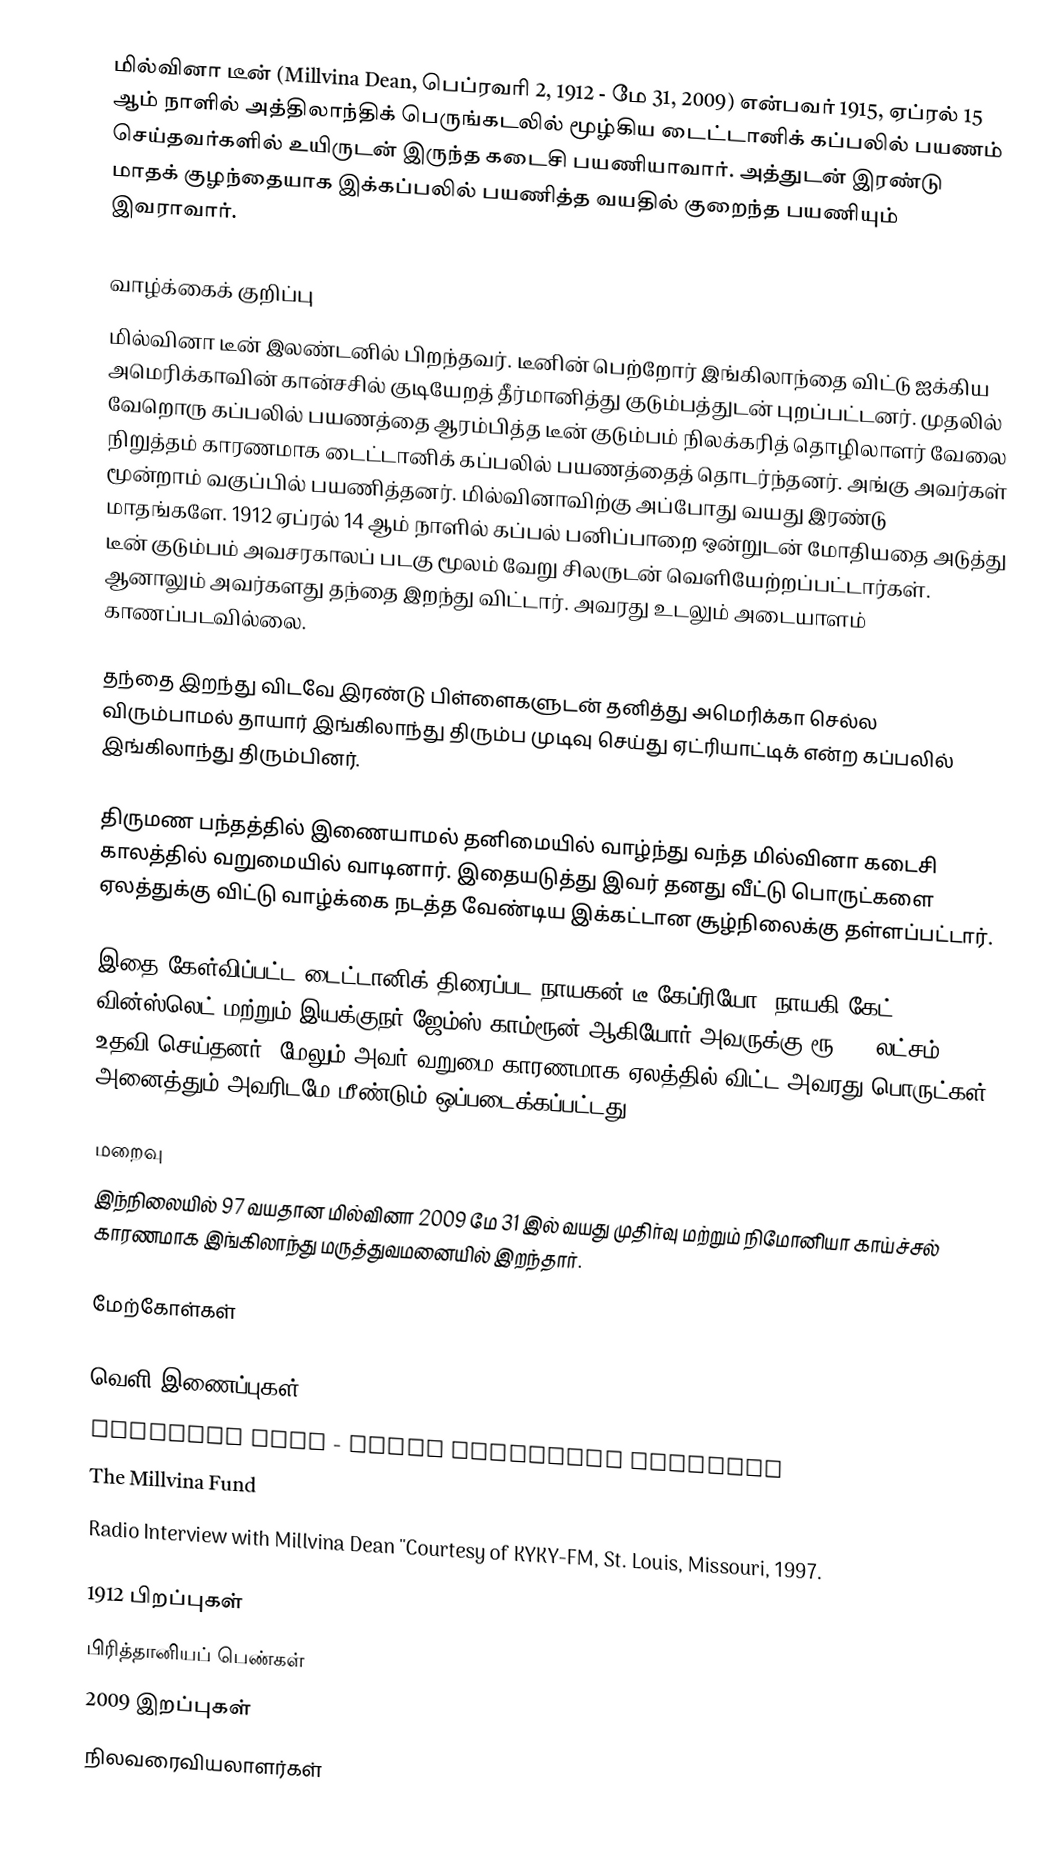
மில்வினா டீன் (Millvina Dean, பெப்ரவரி 2, 1912 - மே 31, 2009) என்பவர் 1915, ஏப்ரல் 15 ஆம் நாளில் அத்திலாந்திக் பெருங்கடலில் மூழ்கிய டைட்டானிக் கப்பலில் பயணம் செய்தவர்களில் உயிருடன் இருந்த கடைசி பயணியாவார். அத்துடன் இரண்டு மாதக் குழந்தையாக இக்கப்பலில் பயணித்த வயதில் குறைந்த பயணியும் இவராவார்.

வாழ்க்கைக் குறிப்பு
மில்வினா டீன் இலண்டனில் பிறந்தவர். டீனின் பெற்றோர் இங்கிலாந்தை விட்டு ஐக்கிய அமெரிக்காவின் கான்சசில் குடியேறத் தீர்மானித்து குடும்பத்துடன் புறப்பட்டனர். முதலில் வேறொரு கப்பலில் பயணத்தை ஆரம்பித்த டீன் குடும்பம் நிலக்கரித் தொழிலாளர் வேலை நிறுத்தம் காரணமாக டைட்டானிக் கப்பலில் பயணத்தைத் தொடர்ந்தனர். அங்கு அவர்கள் மூன்றாம் வகுப்பில் பயணித்தனர். மில்வினாவிற்கு அப்போது வயது இரண்டு மாதங்களே. 1912 ஏப்ரல் 14 ஆம் நாளில் கப்பல் பனிப்பாறை ஒன்றுடன் மோதியதை அடுத்து டீன் குடும்பம் அவசரகாலப் படகு மூலம் வேறு சிலருடன் வெளியேற்றப்பட்டார்கள். ஆனாலும் அவர்களது தந்தை இறந்து விட்டார். அவரது உடலும் அடையாளம் காணப்படவில்லை.

தந்தை இறந்து விடவே இரண்டு பிள்ளைகளுடன் தனித்து அமெரிக்கா செல்ல விரும்பாமல் தாயார் இங்கிலாந்து திரும்ப முடிவு செய்து ஏட்ரியாட்டிக் என்ற கப்பலில் இங்கிலாந்து திரும்பினர்.

திருமண பந்தத்தில் இணையாமல் தனிமையில் வாழ்ந்து வந்த மில்வினா கடைசி காலத்தில் வறுமையில் வாடினார். இதையடுத்து இவர் தனது வீட்டு பொருட்களை ஏலத்துக்கு விட்டு வாழ்க்கை நடத்த வேண்டிய இக்கட்டான சூழ்நிலைக்கு தள்ளப்பட்டார்.

இதை கேள்விப்பட்ட டைட்டானிக் திரைப்பட நாயகன் டீ கேப்ரியோ, நாயகி கேட் வின்ஸ்லெட் மற்றும் இயக்குநர் ஜேம்ஸ் காம்ரூன் ஆகியோர் அவருக்கு ரூ. 17 லட்சம் உதவி செய்தனர். மேலும் அவர் வறுமை காரணமாக ஏலத்தில் விட்ட அவரது பொருட்கள் அனைத்தும் அவரிடமே மீண்டும் ஒப்படைக்கப்பட்டது.

மறைவு
இந்நிலையில் 97 வயதான மில்வினா 2009 மே 31 இல் வயது முதிர்வு மற்றும் நிமோனியா காய்ச்சல் காரணமாக இங்கிலாந்து மருத்துவமனையில் இறந்தார்.

மேற்கோள்கள்

வெளி இணைப்புகள்
 Millvina Dean - Daily Telegraph obituary
 The Millvina Fund
 Radio Interview with Millvina Dean ''Courtesy of KYKY-FM, St. Louis, Missouri, 1997.

1912 பிறப்புகள்
பிரித்தானியப் பெண்கள்
2009 இறப்புகள்
நிலவரைவியலாளர்கள்